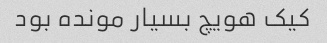
کیک هویچ بسیار مونده بود